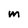
Character: m